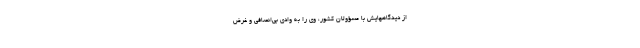
از دیدگاههایش‌ با مسؤولان‌ کشور، وی‌ را به‌ وادی‌ بی‌انصافی‌ و غرض‌